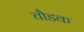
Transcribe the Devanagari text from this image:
चौडक